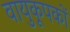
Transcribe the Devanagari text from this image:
वायुकूपकों